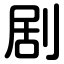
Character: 剧